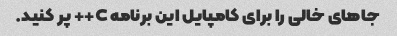
جاهای خالی را برای کامپایل این برنامه C++ پر کنید.